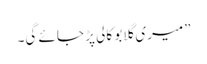
”میری گلابو کالی پڑ جائے گی۔